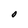
Character: O